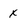
Character: x